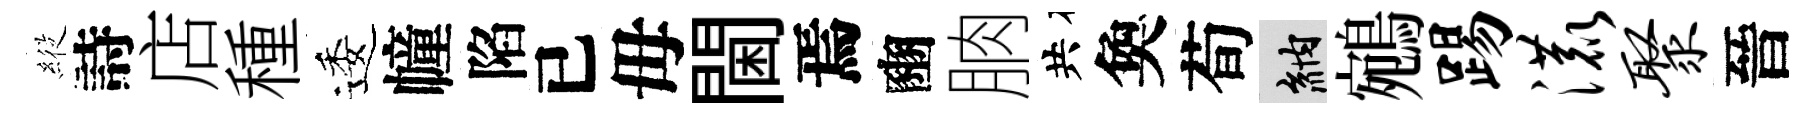
𦂵詩店種逶幢陷已毋閫焉豳朒共奐荀納鵷踢漉聚晉